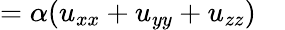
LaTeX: =\alpha(u_{xx}+u_{yy}+u_{zz})\quad